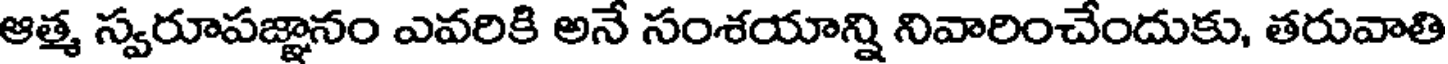
ఆత్మ స్వరూపజ్ఞానం ఎవరికి అనే సంశయాన్ని నివారించేందుకు, తరువాతి